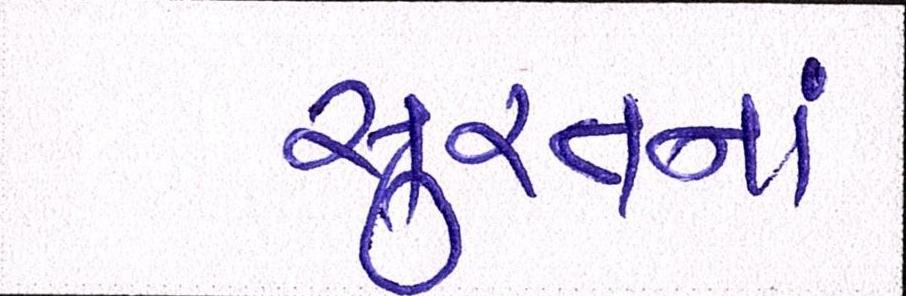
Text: સુરતનાં